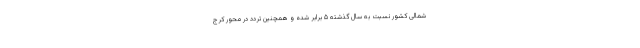
شمالی کشور نسبت به سال گذشته ۵ برابر شده و همچنین تردد در محور کرج